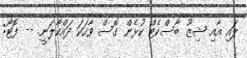
ލައި އާއި ޝިޒޫ ބާސްކެޓް ކުޅެން ގޮސް ވާހަކަ ދައްކާލަނީ. -- ފޮޓޯ: